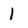
Character: 1